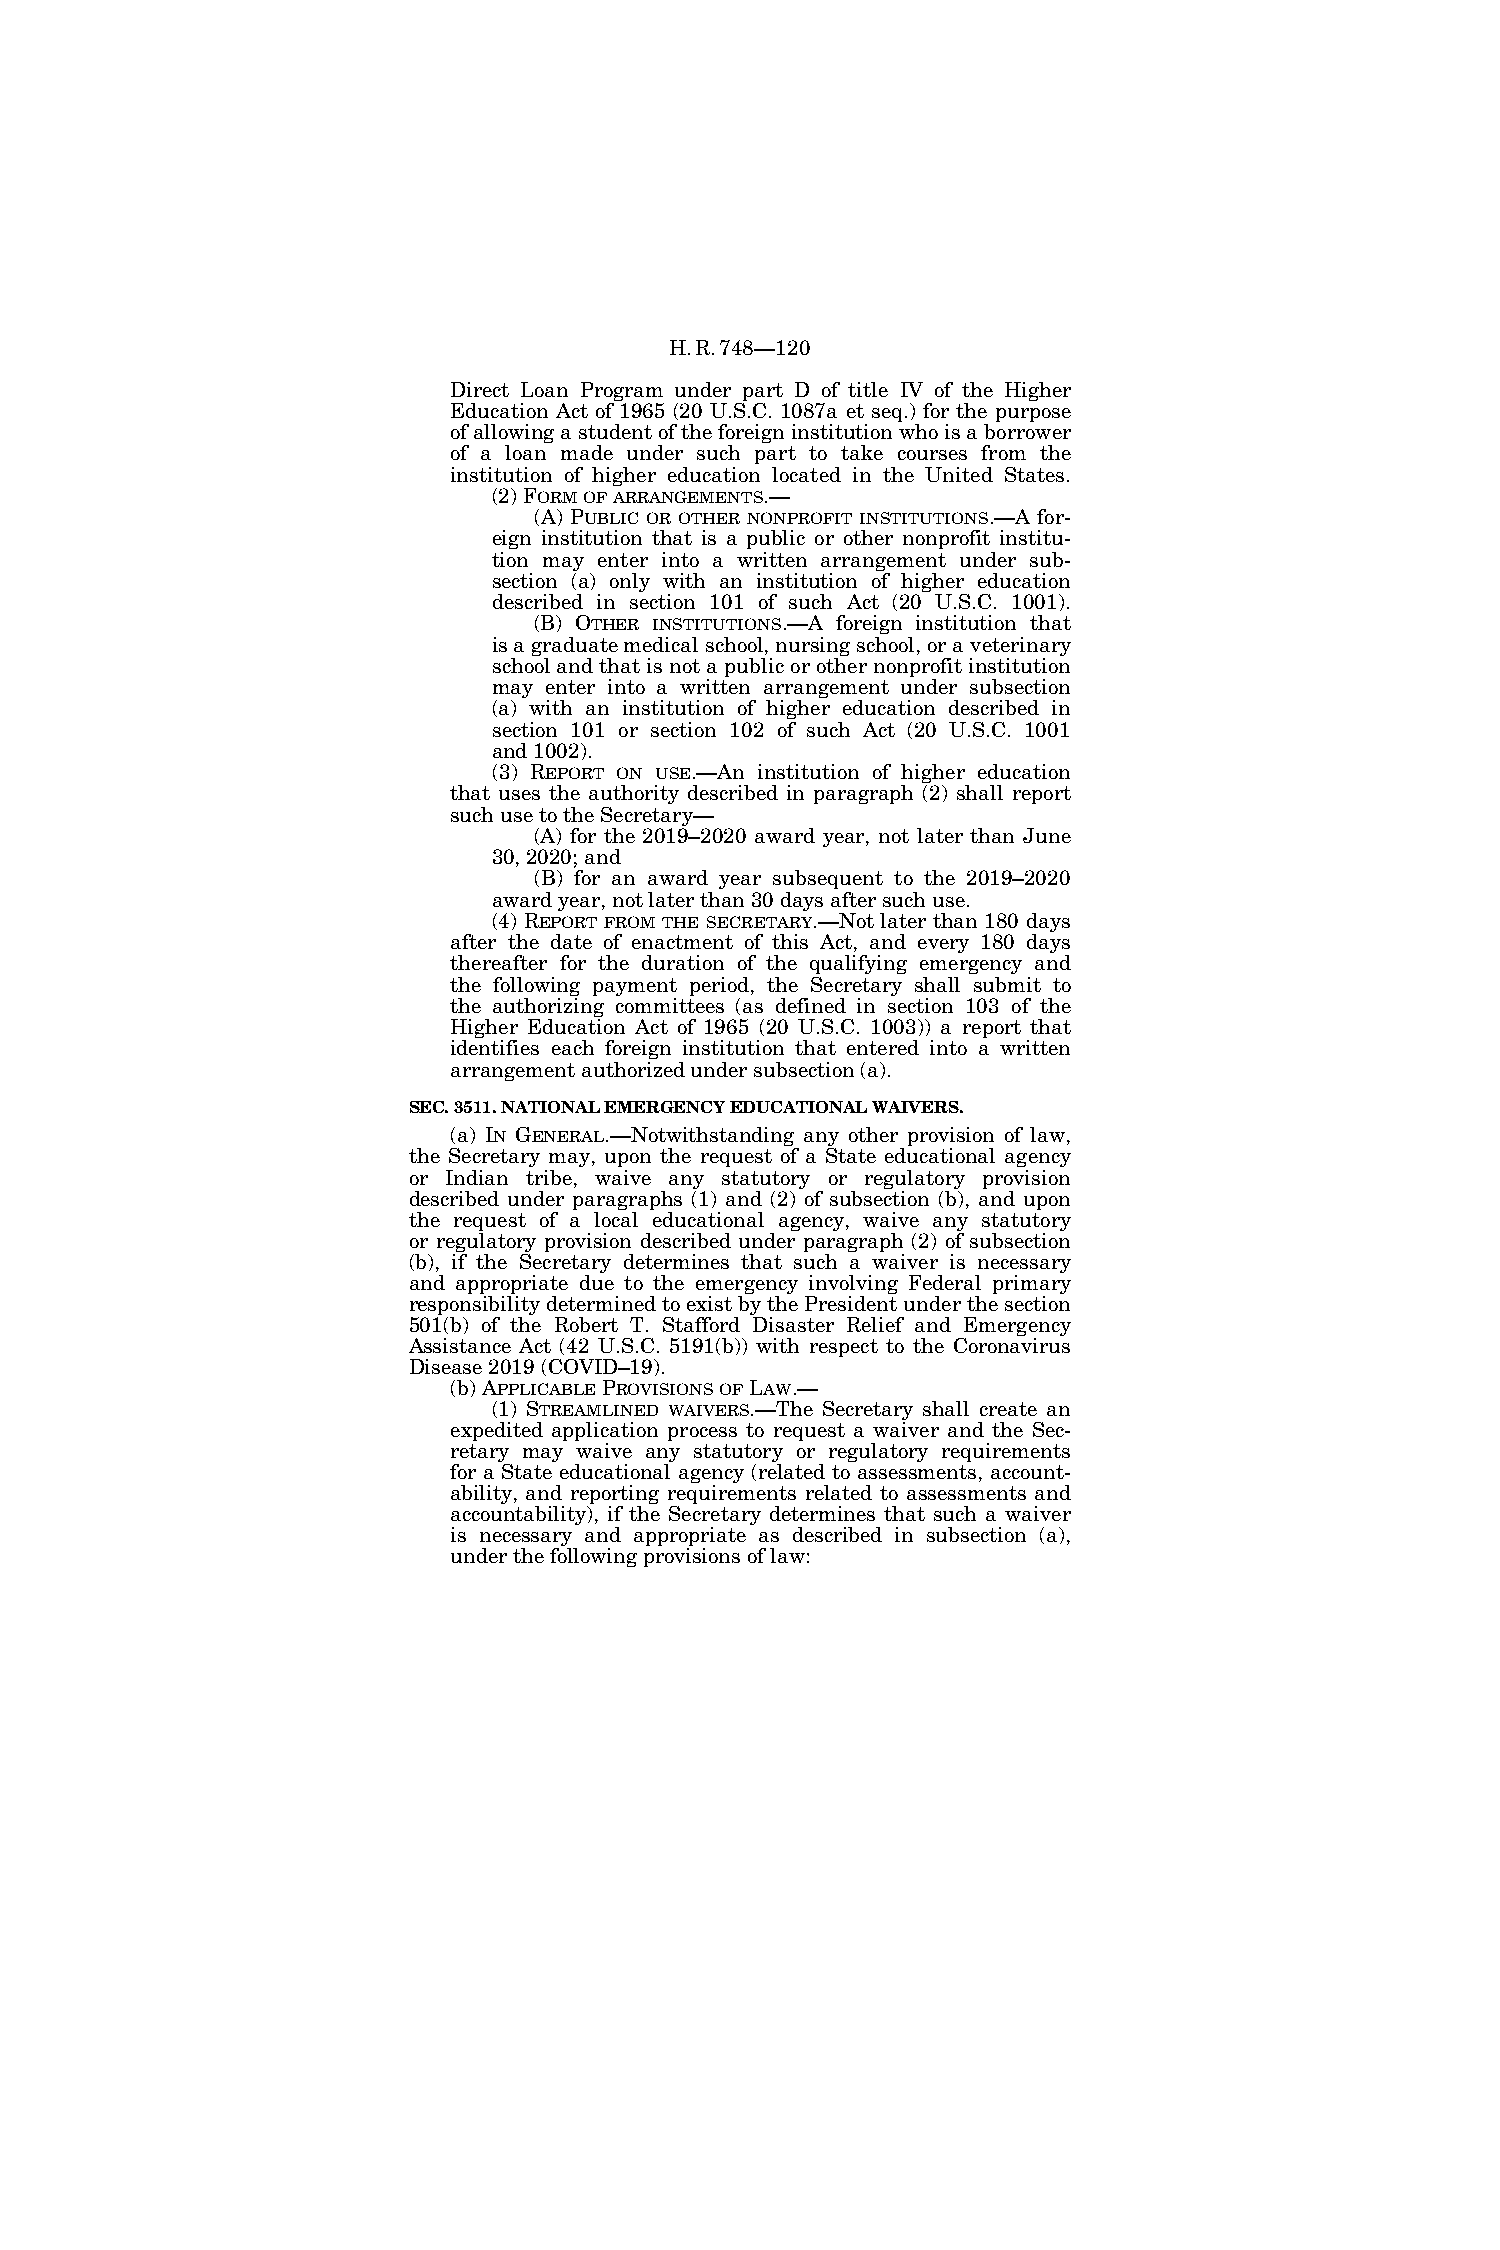
H.R.748—120
 Direct Loan Program under part D of title IV of the Higher
 Education Act of 1965 (20 U.S.C. 1087a et seq.) for the purpose
 of allowing a student of the foreign institution who is a borrower
 of a loan made under such part to take courses from the
 institution of higher education located in the United States.
 (2) FORMOFARRANGEMENTS.—
 (A) PUBLIC OR OTHER NONPROFIT INSTITUTIONS.—A for-
 eign institution that is a public or other nonprofit institu-
 tion may enter into a written arrangement under sub-
 section (a) only with an institution of higher education
 described in section 101 of such Act (20 U.S.C. 1001).
 (B) OTHER INSTITUTIONS.—A foreign institution that
 is a graduate medical school, nursing school, or a veterinary
 school and that is not a public or other nonprofit institution
 may enter into a written arrangement under subsection
 (a) with an institution of higher education described in
 section 101 or section 102 of such Act (20 U.S.C. 1001
 and 1002).
 (3) REPORT ON USE.—An institution of higher education
 that uses the authority described in paragraph (2) shall report
 such use to the Secretary—
 (A) for the 2019–2020 award year, not later than June
 30, 2020; and
 (B) for an award year subsequent to the 2019–2020
 award year, not later than 30 days after such use.
 (4) REPORT FROM THE SECRETARY.—Not later than 180 days
 after the date of enactment of this Act, and every 180 days
 thereafter for the duration of the qualifying emergency and
 the following payment period, the Secretary shall submit to
 the authorizing committees (as defined in section 103 of the
 Higher Education Act of 1965 (20 U.S.C. 1003)) a report that
 identifies each foreign institution that entered into a written
 arrangement authorized under subsection (a).
 SEC. 3511. NATIONAL EMERGENCY EDUCATIONAL WAIVERS.
 (a) IN GENERAL.—Notwithstanding any other provision of law,
 the Secretary may, upon the request of a State educational agency
 or Indian tribe, waive any statutory or regulatory provision
 described under paragraphs (1) and (2) of subsection (b), and upon
 the request of a local educational agency, waive any statutory
 or regulatory provision described under paragraph (2) of subsection
 (b), if the Secretary determines that such a waiver is necessary
 and appropriate due to the emergency involving Federal primary
 responsibility determined to exist by the President under the section
 501(b) of the Robert T. Stafford Disaster Relief and Emergency
 Assistance Act (42 U.S.C. 5191(b)) with respect to the Coronavirus
 Disease 2019 (COVID–19).
 (b) APPLICABLEPROVISIONSOFLAW.—
 (1) STREAMLINED WAIVERS.—The Secretary shall create an
 expedited application process to request a waiver and the Sec-
 retary may waive any statutory or regulatory requirements
 for a State educational agency (related to assessments, account-
 ability, and reporting requirements related to assessments and
 accountability), if the Secretary determines that such a waiver
 is necessary and appropriate as described in subsection (a),
 under the following provisions of law: